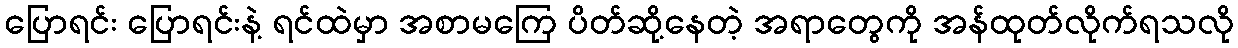
ပြောရင်း ပြောရင်းနဲ့ ရင်ထဲမှာ အစာမကြေ ပိတ်ဆို့နေတဲ့ အရာတွေကို အန်ထုတ်လိုက်ရသလို